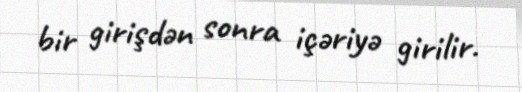
bir girişdən sonra içəriyə girilir.